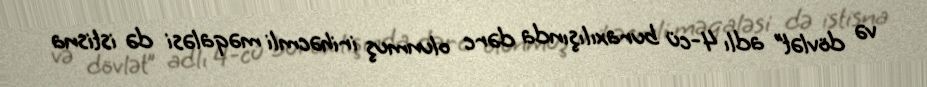
və dövlət” adlı 4-cü buraxılışında dərc olunmuş irihəcmli məqaləsi də istisna